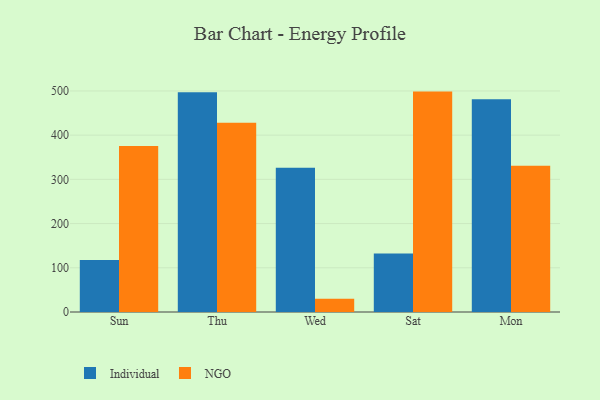
{"axis": {"x": "Day", "y": "Headcount"}, "legend": ["Individual", "NGO"], "data": [{"x": "Sun", "y": 117.6, "type": "Individual"}, {"x": "Sun", "y": 375.2, "type": "NGO"}, {"x": "Thu", "y": 497.0, "type": "Individual"}, {"x": "Thu", "y": 428.3, "type": "NGO"}, {"x": "Wed", "y": 326.5, "type": "Individual"}, {"x": "Wed", "y": 30.1, "type": "NGO"}, {"x": "Sat", "y": 132.1, "type": "Individual"}, {"x": "Sat", "y": 498.5, "type": "NGO"}, {"x": "Mon", "y": 481.4, "type": "Individual"}, {"x": "Mon", "y": 331.0, "type": "NGO"}]}